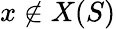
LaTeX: x\notin X(S)